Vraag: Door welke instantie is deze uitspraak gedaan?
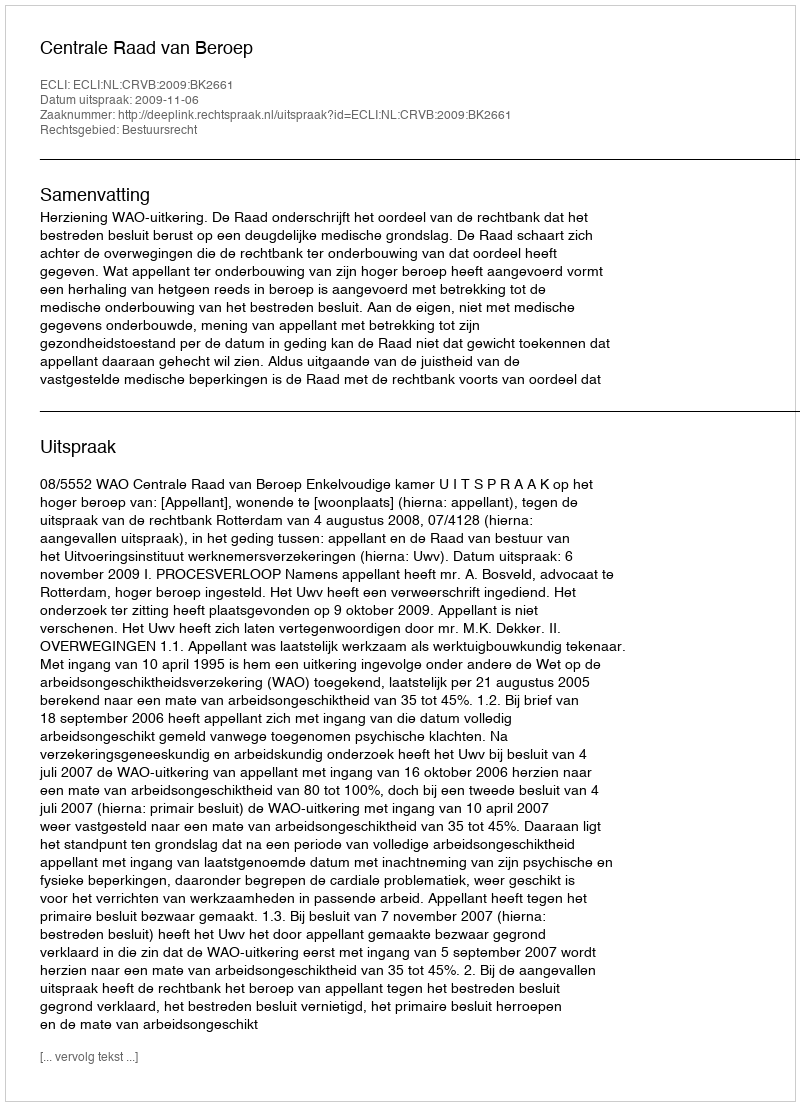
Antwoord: Centrale Raad van Beroep